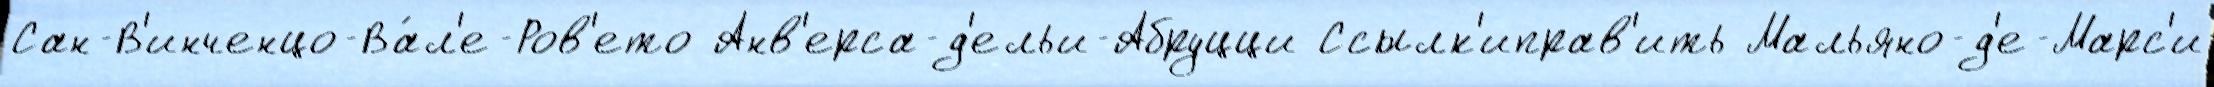
Сан-В'инченцо-Ва́л'е-Ров'ето Анв'ерса-д'ельи-Абруцци Ссылк'иправ'ить Мальяно-д'е-Марс'и